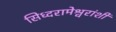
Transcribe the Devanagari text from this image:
सिध्दरामेश्वरांशी